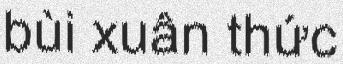
bùi xuân thức